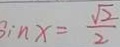
\sin x = \frac { \sqrt { 2 } } { 2 }